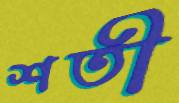
শতী